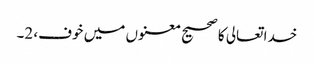
خدا تعالی کا صحیح معنوں میں خوف، 2۔